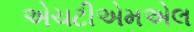
એચટીએમએલ